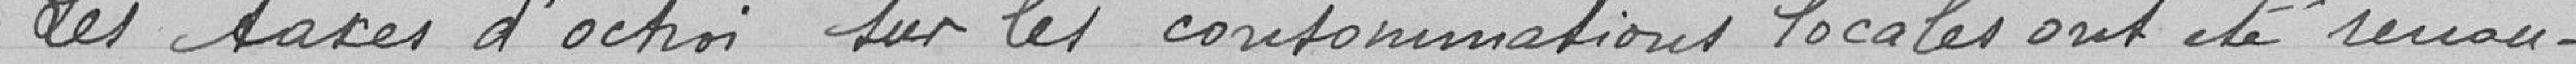
Location des places           37000